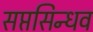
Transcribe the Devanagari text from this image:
सप्तसिन्धव